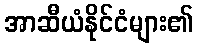
အာဆီယံနိုင်ငံများ၏